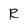
Character: R